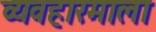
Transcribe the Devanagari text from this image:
व्यवहारमाला